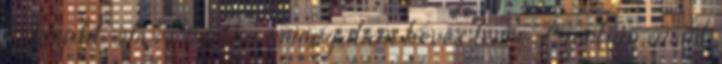
krumplit, ám ez mintha önmagában kevés lenne. Azonban amint